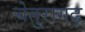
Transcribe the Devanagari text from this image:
चेतुरागढ़